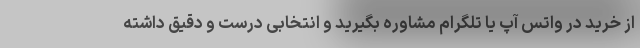
از خرید در واتس آپ یا تلگرام مشاوره بگیرید و انتخابی درست و دقیق داشته